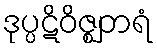
ဒုပ္ပဋိဝိဇ္ဈတရံ